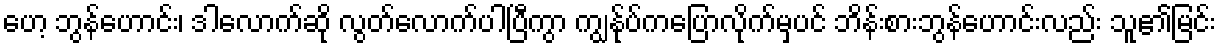
ဟေ့ ဘွန်ဟောင်း၊ ဒါလောက်ဆို လွတ်လောက်ပါပြီကွာ ကျွန်ုပ်ကပြောလိုက်မှပင် ဘိန်းစားဘွန်ဟောင်းလည်း သူ၏မြင်း